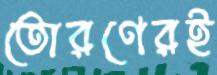
তোরণেরই